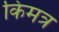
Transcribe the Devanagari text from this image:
किमत्र